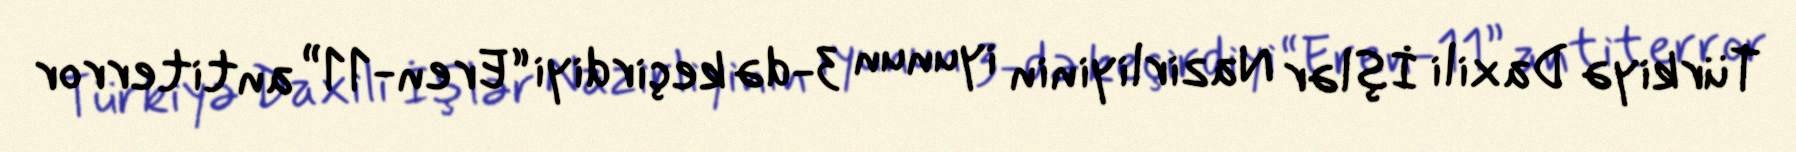
Türkiyə Daxili İşlər Nazirliyinin iyunun 3-də keçirdiyi “Eren-11” antiterror